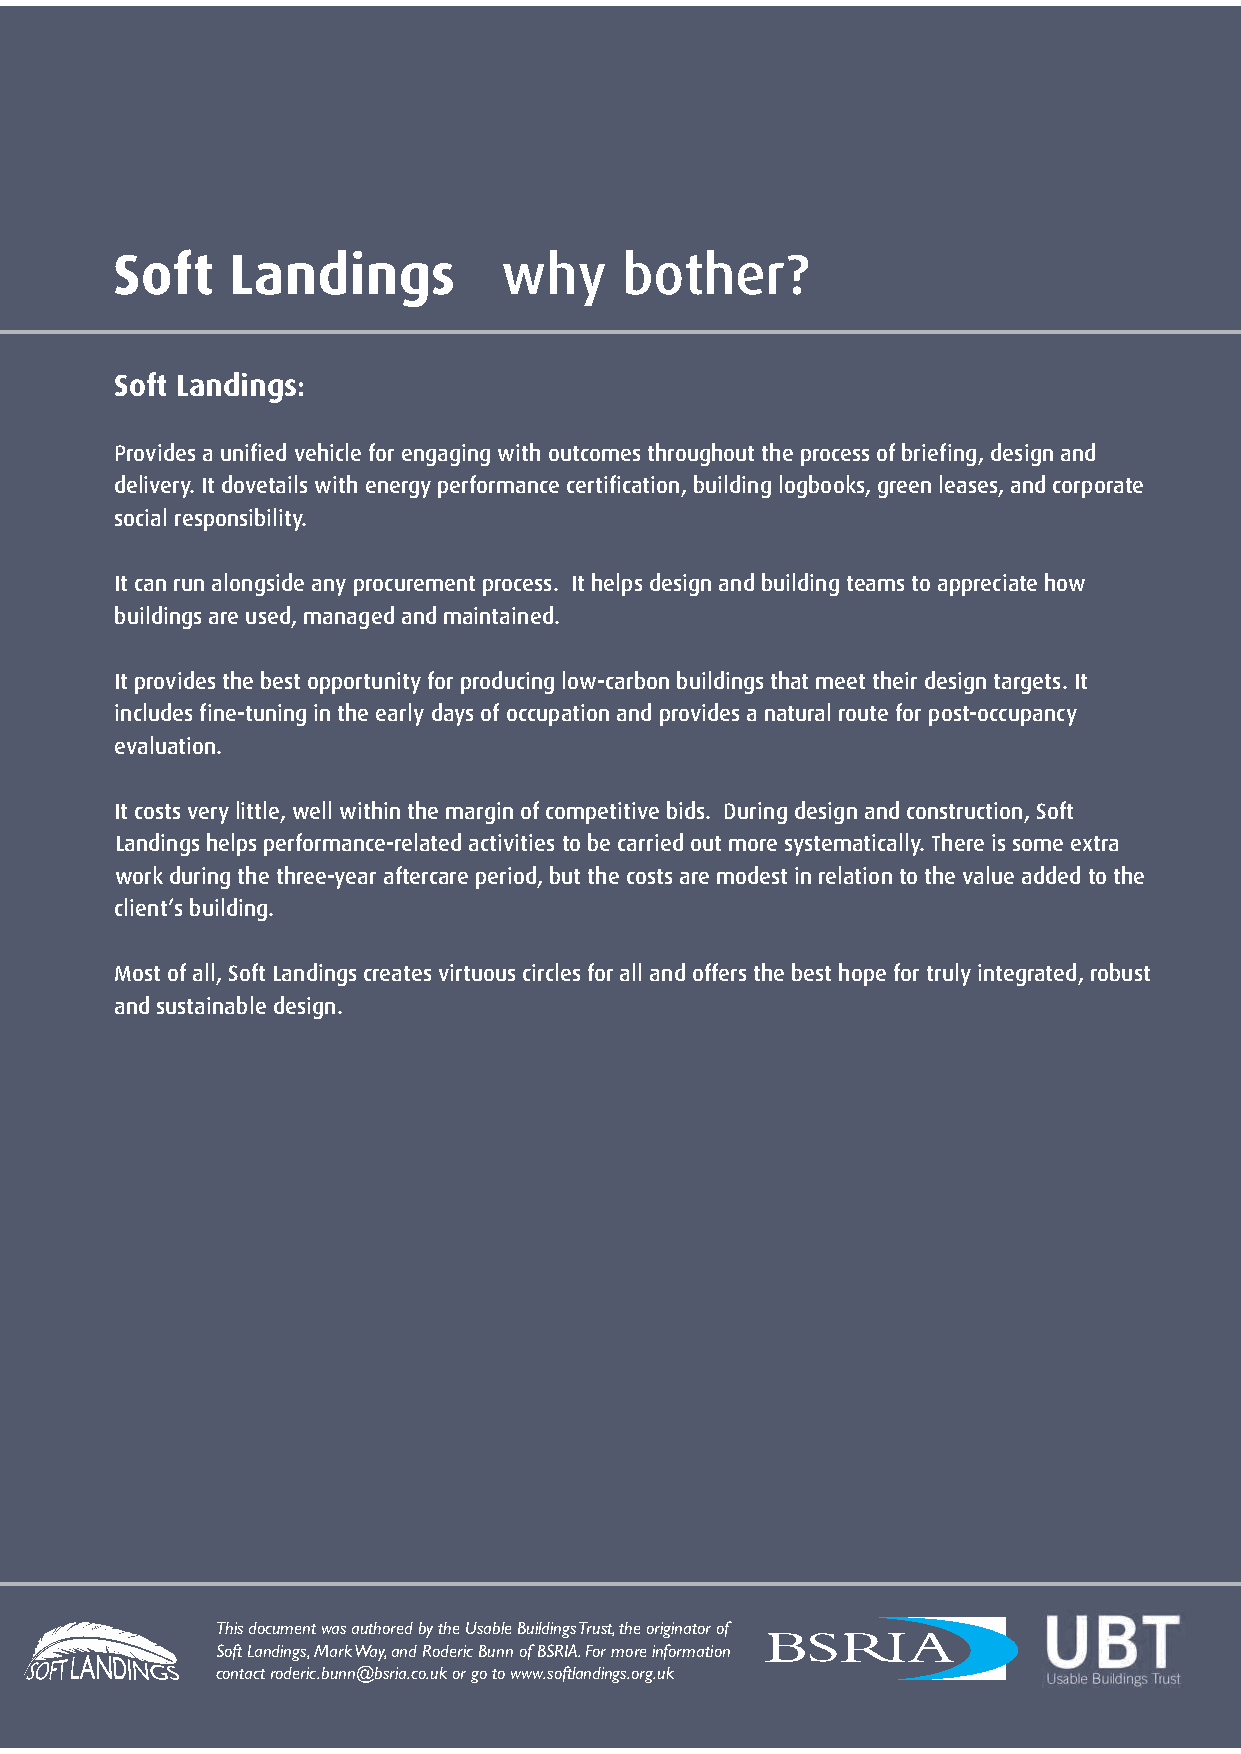
Soft    Landings          why     bother?
 Soft Landings:
 Provides a unified vehicle for engaging with outcomes throughout the process of briefing, design and
 delivery. It dovetails with energy performance certification, building logbooks, green leases, and corporate
 social responsibility.
 It can run alongside any procurement process. It helps design and building teams to appreciate how
 buildings are used, managed and maintained.
 It provides the best opportunity for producing low-carbon buildings that meet their design targets. It
 includes fine-tuning in the early days of occupation and provides a natural route for post-occupancy
 evaluation.
 It costs very little, well within the margin of competitive bids. During design and construction, Soft
 Landings helps performance-related activities to be carried out more systematically. There is some extra
 work during the three-year aftercare period, but the costs are modest in relation to the value added to the
 client’s building.
 Most of all, Soft Landings creates virtuous circles for all and offers the best hope for truly integrated, robust
 and sustainable design.
 This document was authored by the Usable Buildings Trust, the originator of
 Soft Landings, Mark Way, and Roderic Bunn of BSRIA. For more information
 contact roderic.bunn@bsria.co.uk or go to www.softlandings.org.uk